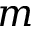
m